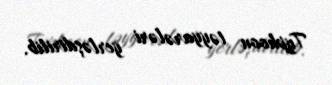
Typhoon təyyarələri yerləşdirilib.